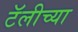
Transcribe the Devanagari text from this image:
टॅलीच्या